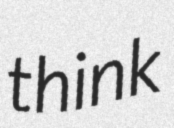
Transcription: think